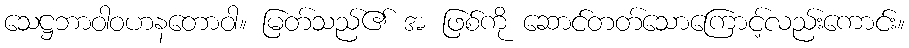
သေဋ္ဌဘာဝါဝဟနတောဝါ။ မြတ်သည်၏ အ ဖြစ်ကို ဆောင်တတ်သောကြောင့်လည်းကောင်း။